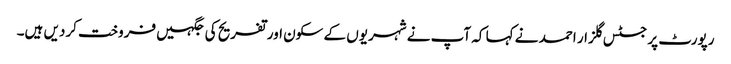
رپورٹ پر جسٹس گلزار احمد نے کہا کہ آپ نے شہریوں کے سکون اور تفریح کی جگہیں فروخت کردیں ہیں۔